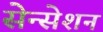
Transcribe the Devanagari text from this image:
सेन्सेशन